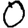
Digit: 0